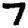
Digit: 7